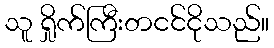
သူ ရှိုက်ကြီးတငင်ငိုသည်။